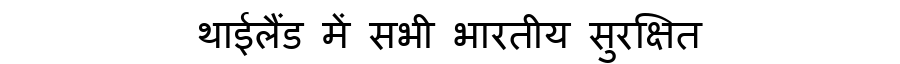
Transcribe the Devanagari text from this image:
थाईलैंड में सभी भारतीय सुरक्षित